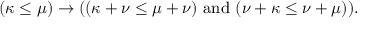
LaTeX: ( \kappa \leq \mu ) \rightarrow ( ( \kappa + \nu \leq \mu + \nu ) { \mathrm { ~ a n d ~ } } ( \nu + \kappa \leq \nu + \mu ) ) .